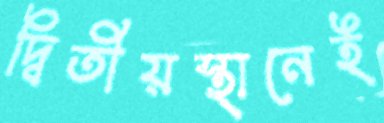
দ্বিতীয়স্থানেই